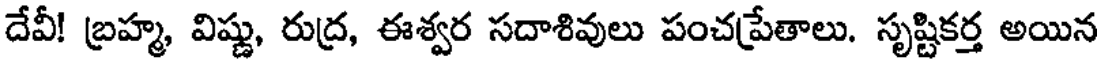
దేవీ! బ్రహ్మ, విష్ణు, రుద్ర, ఈశ్వర సదాశివులు పంచప్రేతాలు. సృష్టికర్త అయిన